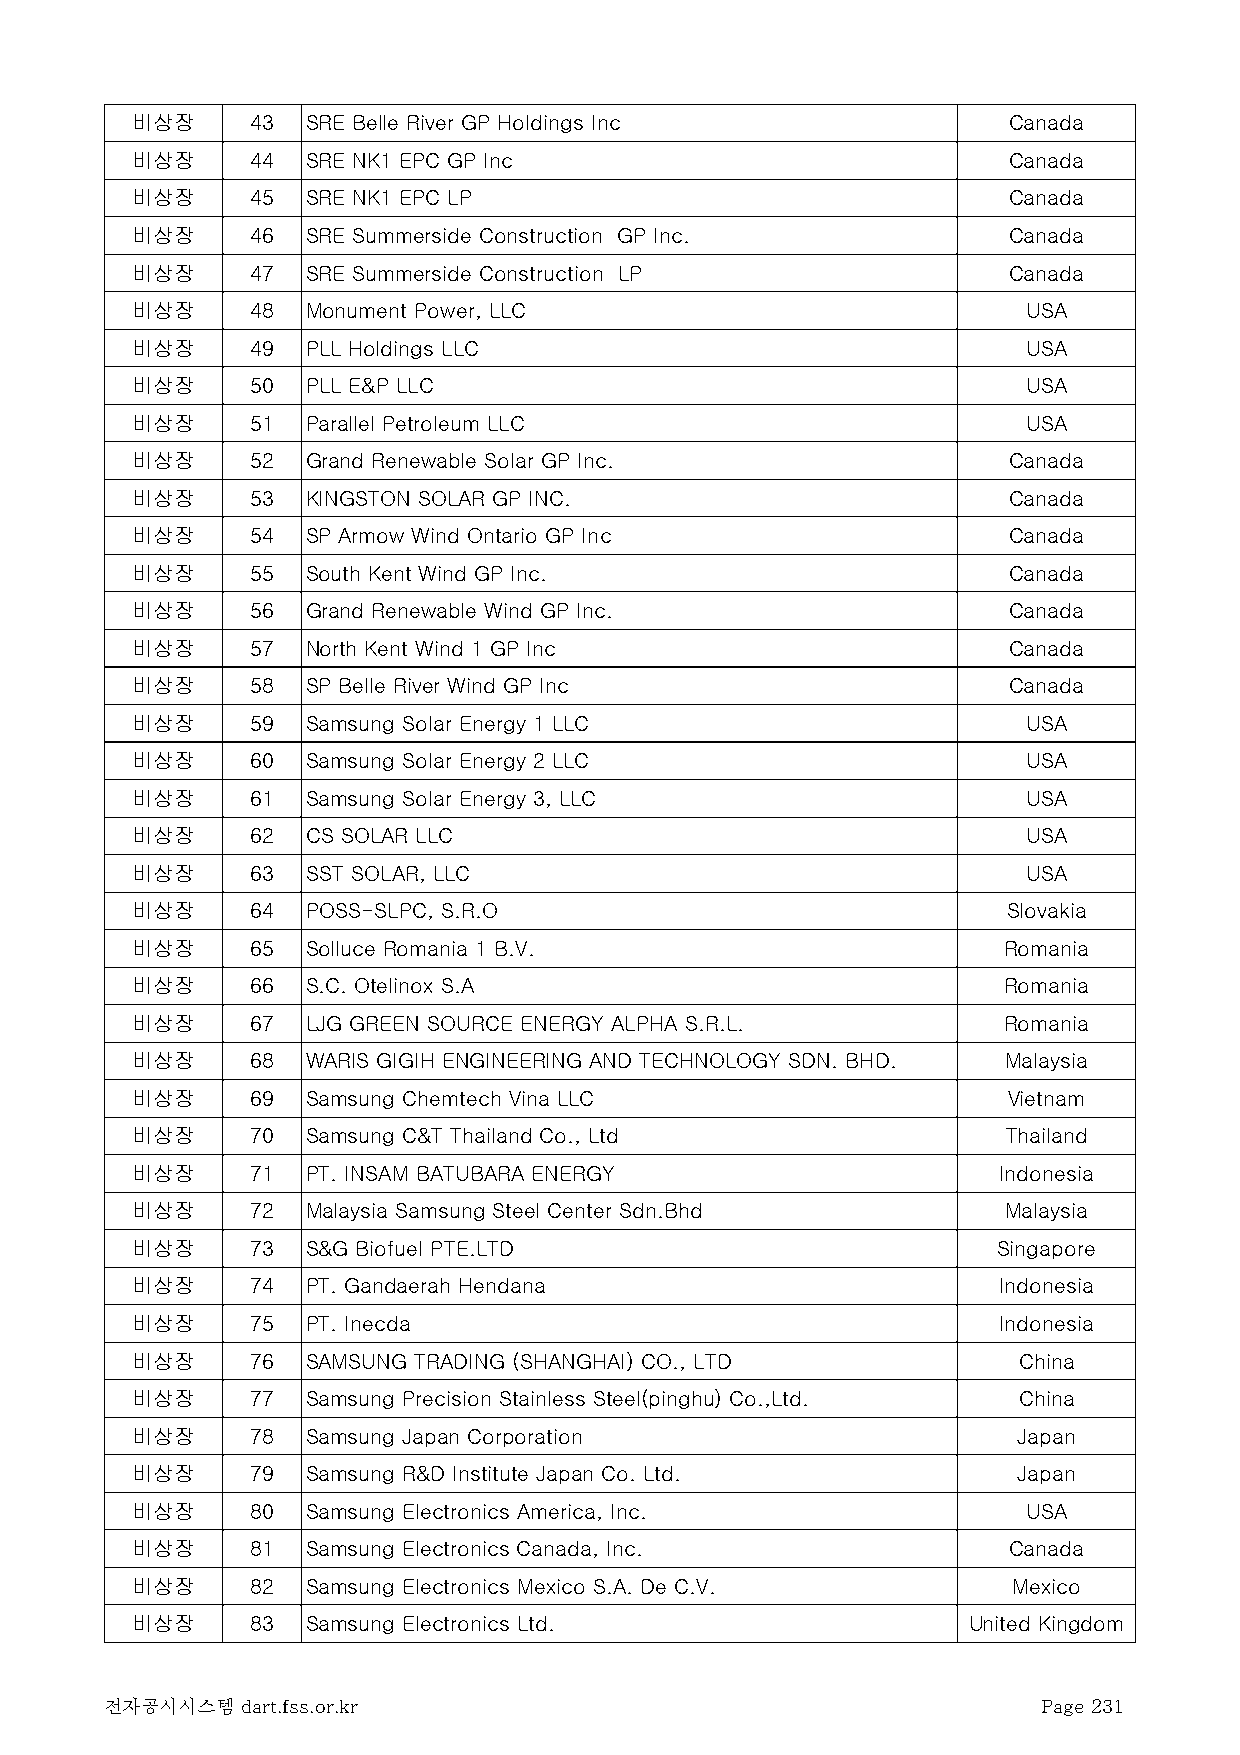
비상장     43 SRE Belle River GP Holdings Inc                Canada
 비상장     44 SRE NK1 EPC GP Inc                             Canada
 비상장     45 SRE NK1 EPC LP                                 Canada
 비상장     46 SRE Summerside Construction GP Inc.            Canada
 비상장     47 SRE Summerside Construction LP                 Canada
 비상장     48 Monument Power, LLC                             USA
 비상장     49 PLL Holdings LLC                                USA
 비상장     50 PLL E&P LLC                                     USA
 비상장     51 Parallel Petroleum LLC                          USA
 비상장     52 Grand Renewable Solar GP Inc.                  Canada
 비상장     53 KINGSTON SOLAR GP INC.                         Canada
 비상장     54 SP Armow Wind Ontario GP Inc                   Canada
 비상장     55 South Kent Wind GP Inc.                        Canada
 비상장     56 Grand Renewable Wind GP Inc.                   Canada
 비상장     57 North Kent Wind 1 GP Inc                       Canada
 비상장     58 SP Belle River Wind GP Inc                     Canada
 비상장     59 Samsung Solar Energy 1 LLC                      USA
 비상장     60 Samsung Solar Energy 2 LLC                      USA
 비상장     61 Samsung Solar Energy 3, LLC                     USA
 비상장     62 CS SOLAR LLC                                    USA
 비상장     63 SST SOLAR, LLC                                  USA
 비상장     64 POSS-SLPC, S.R.O                               Slovakia
 비상장     65 Solluce Romania 1 B.V.                        Romania
 비상장     66 S.C. Otelinox S.A                             Romania
 비상장     67 LJG GREEN SOURCE ENERGY ALPHA S.R.L.          Romania
 비상장     68 WARIS GIGIH ENGINEERING AND TECHNOLOGY SDN. BHD. Malaysia
 비상장     69 Samsung Chemtech Vina LLC                      Vietnam
 비상장     70 Samsung C&T Thailand Co., Ltd                  Thailand
 비상장     71 PT. INSAM BATUBARA ENERGY                     Indonesia
 비상장     72 Malaysia Samsung Steel Center Sdn.Bhd          Malaysia
 비상장     73 S&G Biofuel PTE.LTD                           Singapore
 비상장     74 PT. Gandaerah Hendana                         Indonesia
 비상장     75 PT. Inecda                                    Indonesia
 비상장     76 SAMSUNG TRADING (SHANGHAI) CO., LTD            China
 비상장     77 Samsung Precision Stainless Steel(pinghu) Co.,Ltd. China
 비상장     78 Samsung Japan Corporation                      Japan
 비상장     79 Samsung R&D Institute Japan Co. Ltd.           Japan
 비상장     80 Samsung Electronics America, Inc.               USA
 비상장     81 Samsung Electronics Canada, Inc.               Canada
 비상장     82 Samsung Electronics Mexico S.A. De C.V.        Mexico
 비상장     83 Samsung Electronics Ltd.                    United Kingdom
 전자공시시스템  dart.fss.or.kr                                       Page 231